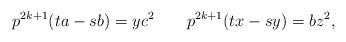
LaTeX: \begin{align*}p^{2k+1}(ta-sb) = yc^2~~~~~~p^{2k+1} (tx-sy)= bz^2,\end{align*}